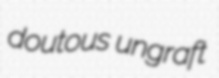
doutous ungraft